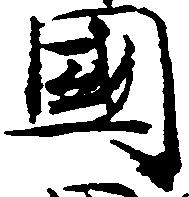
国